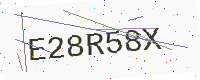
Text: E28R58X